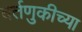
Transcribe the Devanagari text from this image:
वर्तणुकीच्या